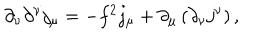
LaTeX: \partial _ { \nu } \partial ^ { \nu } j _ { \mu } = - f ^ { 2 } j _ { \mu } + \partial _ { \mu } \left( \partial _ { \nu } j ^ { \nu } \right) ,